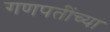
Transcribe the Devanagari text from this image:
गणपतींच्या